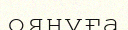
оянуға